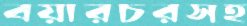
বয়ারচরসহ